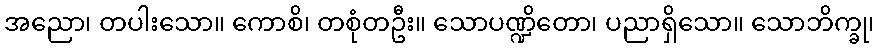
အညော၊ တပါးသော။ ကောစိ၊ တစုံတဦး။ သောပဏ္ဍိတော၊ ပညာရှိသော။ သောဘိက္ခု၊